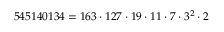
5 4 5 1 4 0 1 3 4 = 1 6 3 \cdot 1 2 7 \cdot 1 9 \cdot 1 1 \cdot 7 \cdot 3 ^ { 2 } \cdot 2